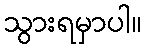
သွားရမှာပါ။